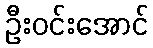
ဦးဝင်းအောင်